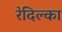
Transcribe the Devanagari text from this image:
रेदिल्का